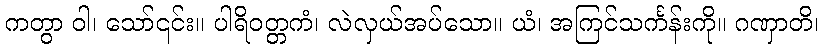
ကတွာ ဝါ၊ သော်၎င်း။ ပါရိဝတ္တကံ၊ လဲလှယ်အပ်သော။ ယံ၊ အကြင်သင်္ကန်းကို။ ဂဏှာတိ၊